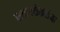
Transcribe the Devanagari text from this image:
सातवळेकरांना